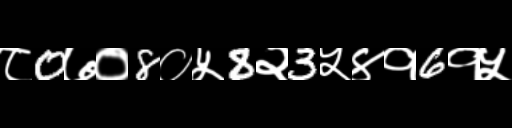
Text: ८0७०8०५8२3५४१6१५